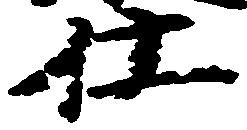
仕